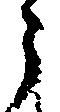
う